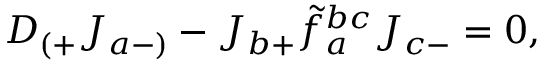
D _ { ( + } J _ { a - ) } - J _ { b + } \tilde { f } _ { a } ^ { b c } J _ { c - } = 0 ,